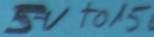
Text: 5V to 15V5-V